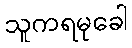
သူကရမုခေါ